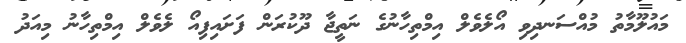
މައުލޫމާތު މުއްސަނދިވި އޯލެވެލް އިމްތިހާނުގެ ނަތީޖާ ދޫކުރަން ފަށައިފިއޯ ލެވެލް އިމްތިހާނު މިއަދު